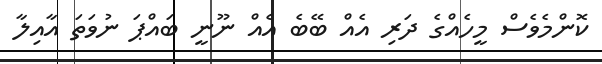
ކޮންމެވެސް މީހެއްގެ ދަރި އެއް ބޭބެ އެއް ނޫނީ ބައްޕަ ނުވަތަ އާއިލާ